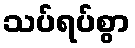
သပ်ရပ်စွာ